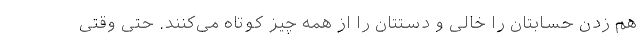
هم زدن حسابتان را خالی و دستتان را از همه چیز کوتاه می‌کنند. حتی وقتی